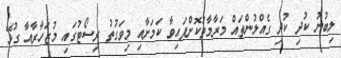
ލިބުނު ކުދި ކުދި ގެއްލުންތައް މަރާމާތުކޮށްފައިވާ ކަމަށާއި މިވަގުތު ރިސޯޓުގައި މުޒަހާރާއާ ގުޅޭ